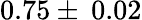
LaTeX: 0.75\pm\: 0.02